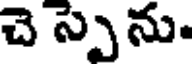
చె స్పెను.